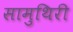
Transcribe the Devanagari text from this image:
सामुथिरी